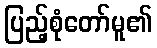
ပြည့်စုံတော်မူ၏